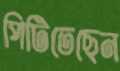
পিটিতেছেন